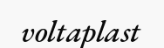
voltaplast